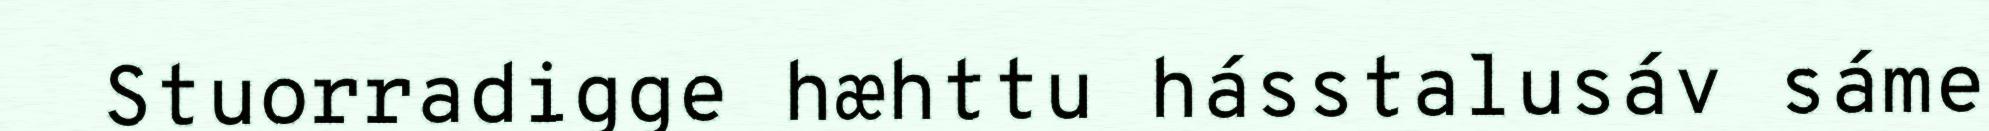
Stuorradigge hæhttu hásstalusáv sáme